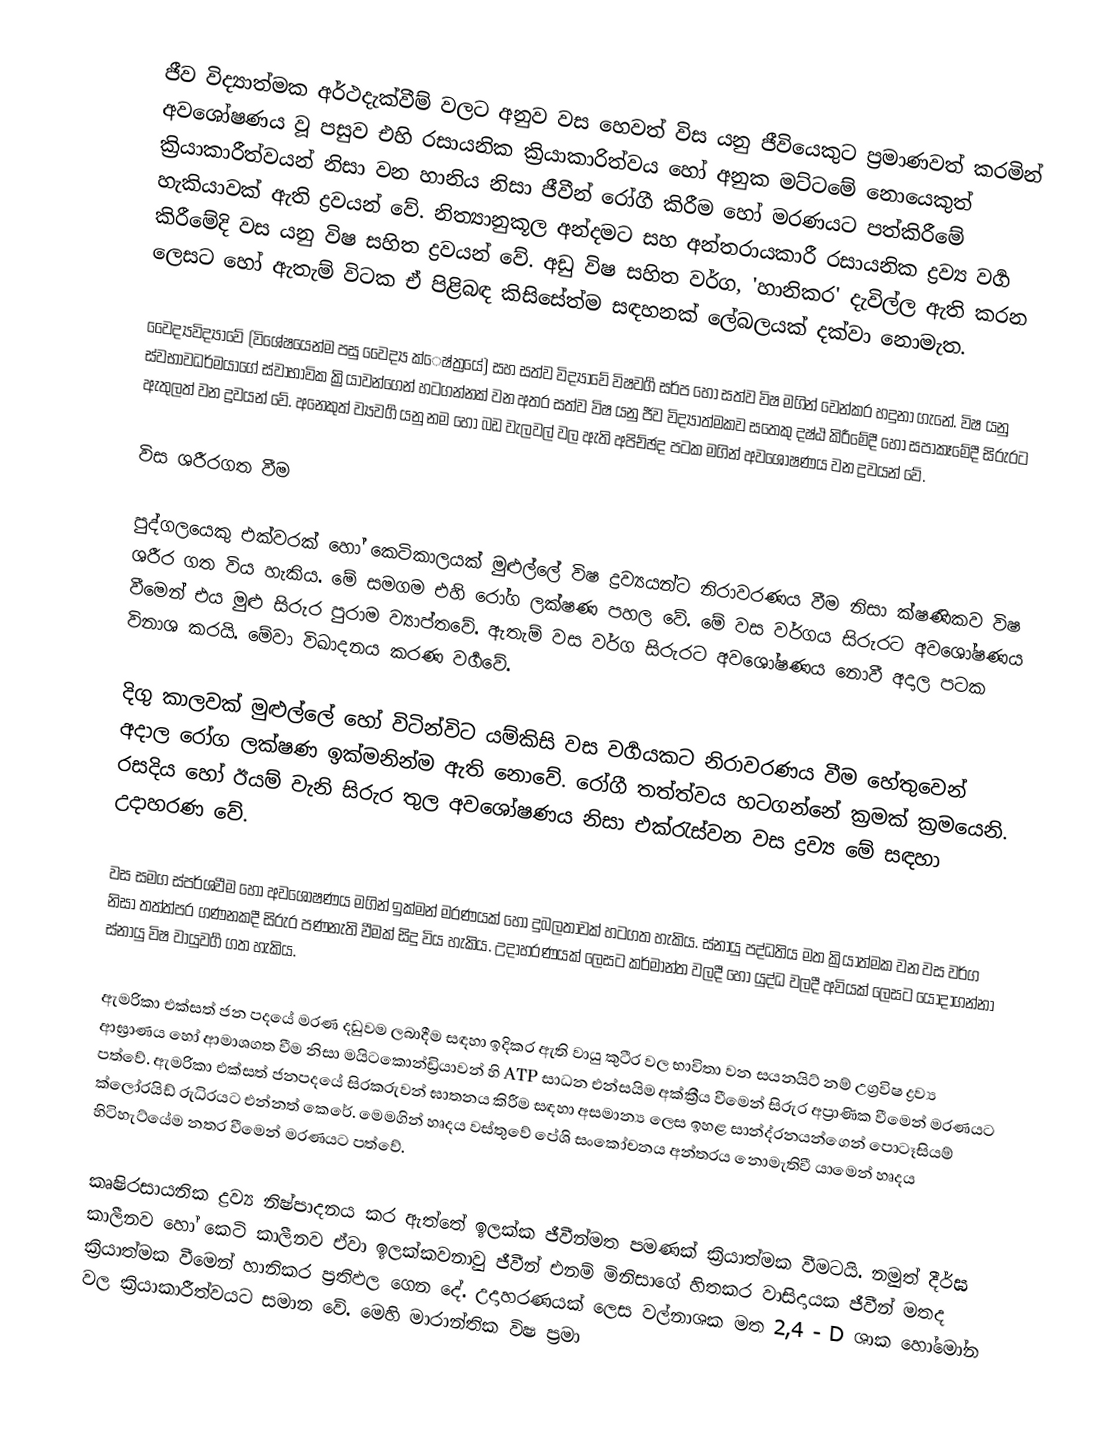
ජීව විද්‍යාත්මක අර්ථදැක්වීම් වලට අනුව වස හෙවත් විස යනු ජීවියෙකුට ප්‍රමාණවත් කරමින් අවශෝෂණය වූ පසුව එහි රසායනික ක්‍රියාකාරිත්වය හෝ අනුක මට්ටමේ නොයෙකුත් ක්‍රියාකාරීත්වයන් නිසා වන හානිය නිසා ජීවීන් රෝගී කිරීම හෝ මරණයට පත්කිරීමේ හැකියාවක් ඇති ද්‍රවයන් වේ. නිත්‍යානුකූල අන්දමට සහ අන්තරායකාරී රසායනික ද්‍රව්‍ය වර්‍ග කිරීමේදි වස යනු විෂ සහිත ද්‍රවයන් වේ. අඩු විෂ සහිත වර්ග, 'හානිකර' දැවිල්ල ඇති කරන ලෙසට හෝ ඇතැම් විටක ඒ පිළිබඳ කිසිසේත්ම සඳහනක් ලේබලයක් දක්වා නොමැත.

වෛද්‍යවිද්‍යාවේ (විශේෂයෙන්ම පසු වෛද්‍ය ක්‍ෙෂ්ත්‍ර‍යේ) සහ සත්ව විද්‍යාවේ විෂවර්‍ග සර්ප හෝ සත්ව විෂ මගින් වෙන්කර හදුනා ගැනේ. විෂ යනු ස්වභාවධර්මයාගේ ස්වාභාවික ක්‍රියාවන්ගෙන් හටගන්නක් වන අතර සත්ව විෂ යනු ජීව විද්‍යාත්මකව සතෙකු දෂ්ඨ කිරීමේදී හෝ සපාකෑමේදී සිරුරට ඇතුලත් වන ද්‍රවයන් වේ. අනෙකුත් ව්‍යවර්‍ග යනු නම හෝ බඩ වැලවල් වල ඇති අපිච්ඡද පටක මගින් අවශෝෂණය වන ද්‍රවයන් වේ.

විස ශරීරගත වීම

පුද්ගලයෙකු එක්වරක් හෝ කෙටිකාලයක් මුළුල්ලේ විෂ ද්‍රව්‍යයන්ට නිරාවරණය වීම නිසා ක්ෂණිකව විෂ ශරීර ගත විය හැකිය. මේ සමගම එහි රෝග ලක්ෂණ පහල වේ. මේ වස වර්ගය සිරුරට අවශෝෂණය වීමෙන් එය මුළු සිරුර පුරාම ව්‍යාප්තවේ. ඇතැම් වස වර්ග සිරුරට අවශෝෂණය නොවී අදාල පටක විනාශ කරයි. මේවා විඛාදනය කරණ වර්‍ගවේ.

දිගු කාලවක් මුළුල්ලේ හෝ විටින්විට යම්කිසි වස වර්‍ගයකට නිරාවරණය වීම හේතුවෙන් අදාල රෝග ලක්ෂණ ඉක්මනින්ම ඇති නොවේ. රෝගී තත්ත්වය හටගන්නේ ක්‍රමක් ක්‍රමයෙනි. රසදිය හෝ ඊයම් වැනි සිරුර තුල අවශෝෂණය නිසා එක්රැස්වන වස ද්‍රව්‍ය මේ සඳහා උදාහරණ වේ.

වස සමග ස්පර්ශවීම හෝ අවශෝෂණය මගින් ඉක්මන් මරණයක් හෝ දුබලතාවක් හටගත හැකිය. ස්නායු පද්ධතිය මත ක්‍රියාත්මක වන වස වර්ග නිසා තත්ත්පර ගණනකදී සිරුර පණනැති වීමක් සිදු විය හැකිය. උදාහරණයක් ලෙසට කර්මාන්ත වලදී හෝ යුද්ධ වලදී අවියක් ලෙසට යොදාගන්නා ස්නායු විෂ වායුවර්‍ග ගත හැකිය.

ඇමරිකා එක්සත් ජන පදයේ මරණ දඩුවම ලබාදීම සඳහා ඉදිකර ඇති වායු කුටීර වල භාවිතා වන සයනයිට් නම් උග්‍රවිෂ ද්‍රව්‍ය ආඝ්‍රාණය හෝ ආමාශගත වීම නිසා මයිටකොන්ඩ්‍රියාවන් හි ATP සාධන එන්සයිම අක්ක්‍රීය වීමෙන් සිරුර අප්‍රාණික වීමෙන් මරණයට පත්වේ. ඇමරිකා එක්සත් ජනපදයේ සිරකරුවන් ඝාතනය කිරීම සඳහා අසමාන්‍ය ලෙස ඉහළ සාන්ද්රනයන්ගෙන් පොටෑසියම් ක්ලෝරයිඩ් රුධිරයට එන්නත් කෙරේ. මෙමගින් හෘදය වස්තුවේ පේශි සංකෝචනය අන්තරය නොමැතිවී යාමෙන් හෘදය හිටිහැට්යේම නතර වීමෙන් මරණයට පත්වේ.

කෘෂිරසායනික ද්‍රව්‍ය නිෂ්පාදනය කර ඇත්තේ ඉලක්ක ජීවීන්මත පමණක් ක්‍රියාත්මක වීමටයි. නමුත් දීර්ඝ කාලීනව හෝ කෙටි කාලීනව ඒවා ඉලක්කවනාවු ජීවීන් එනම් මිනිසාගේ හිතකර වාසිදායක ජීවීන් මතද ක්‍රියාත්මක වීමෙන් හානිකර ප්‍රතිඵල ගෙන දේ. උදාහරණයක් ලෙස වල්නාශක මත 2,4 - D ශාක හෝමෝන වල ක්‍රියාකාරීත්වයට සමාන වේ. මෙහි මාරාන්තික විෂ ප්‍රමා